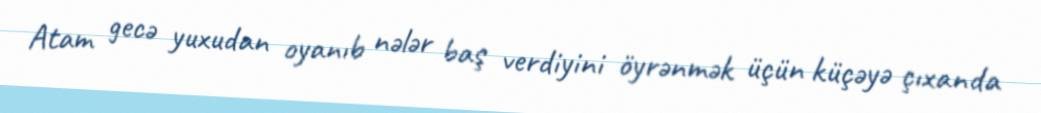
Atam gecə yuxudan oyanıb nələr baş verdiyini öyrənmək üçün küçəyə çıxanda